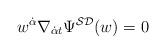
LaTeX: \begin{align*}w^{{\dot \alpha}}\nabla _{{\dot \alpha}t}\Psi ^{{\cal SD}}(w)=0\end{align*}